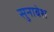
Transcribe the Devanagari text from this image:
सुनाबेश